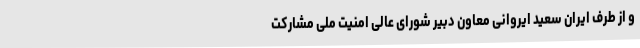
و از طرف ایران سعید ایروانی معاون دبیر شورای عالی امنیت ملی مشارکت